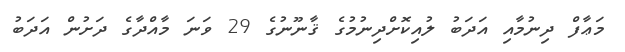
މަޢާފް ދިނުމާއި އަދަބު ލުއިކޮށްދިނުމުގެ ޤާނޫނުގެ 29 ވަނަ މާއްދާގެ ދަށުން އަދަބު